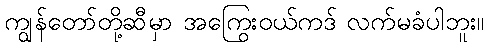
ကျွန်တော်တို့ဆီမှာ အကြွေးဝယ်ကဒ် လက်မခံပါဘူး။